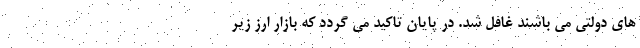
های دولتی می باشند غافل شد. در پایان تاکید می گردد که بازار ارز زیر